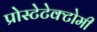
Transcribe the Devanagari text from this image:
प्रोस्टेटेक्टोमी